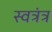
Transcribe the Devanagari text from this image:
स्वत्रंत्र